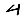
Digit: 4